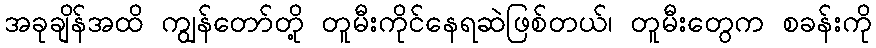
အခုချိန်အထိ ကျွန်တော်တို့ တူမီးကိုင်နေရဆဲဖြစ်တယ်၊ တူမီးတွေက စခန်းကို